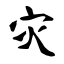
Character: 灾